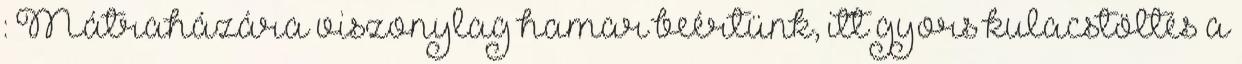
: Mátraházára viszonylag hamar beértünk, itt gyors kulacstöltés a